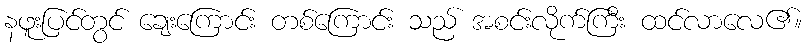
နဖူးပြင်တွင် ချေးကြောင်း တစ်ကြောင်း သည် အစင်းလိုက်ကြီး ထင်လာလေ၏။